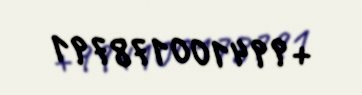
+994100178791